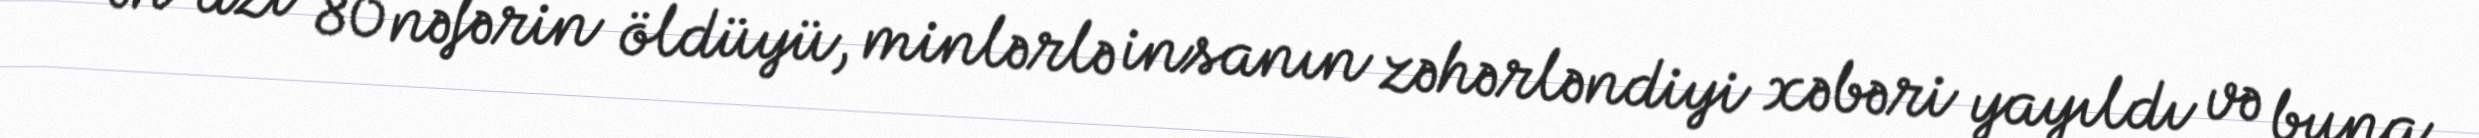
ən azı 80 nəfərin öldüyü, minlərlə insanın zəhərləndiyi xəbəri yayıldı və buna